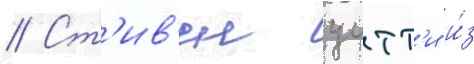
// Ст'ив'ен уитт'и и́з